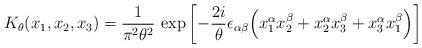
LaTeX: \begin{align*}K_{\theta}(x_1,x_2,x_3)=\frac{1}{\pi^2\theta^2}\,\exp\left[-\frac{2i}{\theta}\epsilon_{\alpha\beta}\Bigl(x_1^{\alpha}x_2^{\beta}+x_2^{\alpha}x_3^{\beta}+x_3^{\alpha}x_1^{\beta}\Bigr)\right]\end{align*}